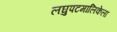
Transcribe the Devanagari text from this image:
लघुपटमालिकेला